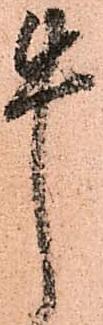
牛